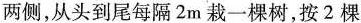
两侧，从头到尾每隔2m栽一棵树，按2棵